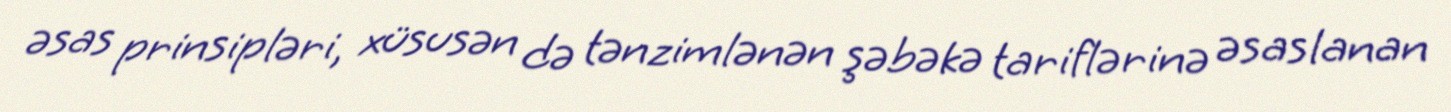
əsas prinsipləri, xüsusən də tənzimlənən şəbəkə tariflərinə əsaslanan